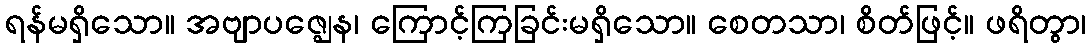
ရန်မရှိသော။ အဗျာပဇ္ဈေန၊ ကြောင့်ကြခြင်းမရှိသော။ စေတသာ၊ စိတ်ဖြင့်။ ဖရိတွာ၊